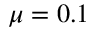
\mu = 0 . 1